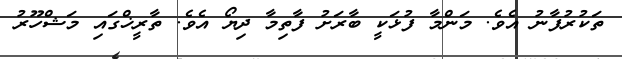
ތަކުރުފާނު އެވެ. މަންމާ ފުޅަކީ ބާރަށު ފާތިމާ ދިޔޯ އެވެ. ތާރީޚްގައި މަޝްހޫރު